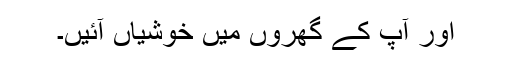
اور آپ کے گھروں میں خوشیاں آئیں۔